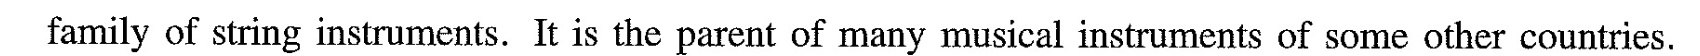
family of string instruments. It is the parent of many musical instruments of some other countries.